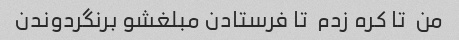
من  تا کره زدم  تا فرستادن مبلغشو برنگردوندن